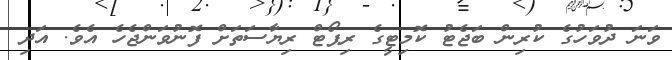
ވަނަ ދުވަހުގެ ކުރިން ބަޖެޓު ކޮމިޓީގެ ރިޕޯޓް ރިޔާސަތަށް ފޮނުވަންޖެހެ އެވެ. އަދި